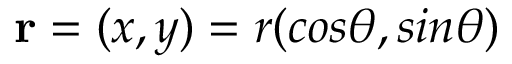
{ \bf r } = ( x , y ) = r ( c o s \theta , s i n \theta )